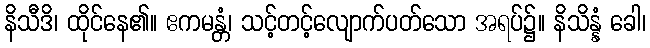
နိသီဒိ၊ ထိုင်နေ၏။ ဧကမန္တံ၊ သင့်တင့်လျောက်ပတ်သော အရပ်၌။ နိသိန္နံ ခေါ၊